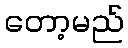
တော့မည်